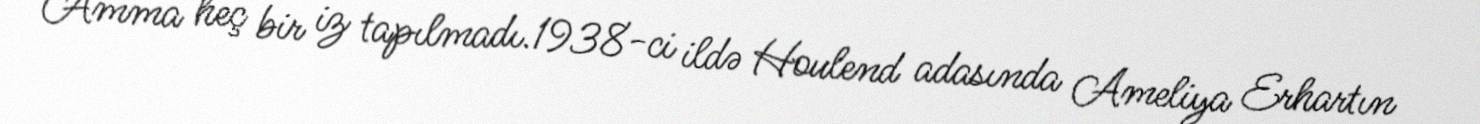
Amma heç bir iz tapılmadı.1938-ci ildə Houlend adasında Ameliya Erhartın